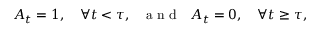
A _ { t } = 1 , \quad \forall t < \tau , \: \: \: \mathrm { ~ a ~ n ~ d ~ } \: \: \: A _ { t } = 0 , \quad \forall t \geq \tau ,